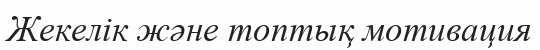
Жекелік және топтық мотивация